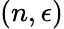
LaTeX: (n,\epsilon)